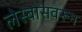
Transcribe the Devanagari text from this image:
लेस्बोसवरून